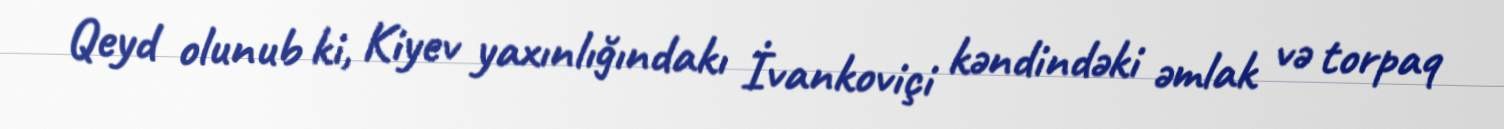
Qeyd olunub ki, Kiyev yaxınlığındakı İvankoviçi kəndindəki əmlak və torpaq